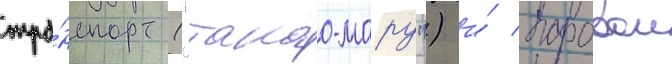
тра́нспорт ("такао-мару") и́ паровои